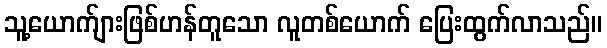
သူ့ယောက်ျားဖြစ်ဟန်တူသော လူတစ်ယောက် ပြေးထွက်လာသည်။